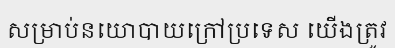
សម្រាប់នយោបាយក្រៅប្រទេស យើងត្រូវ